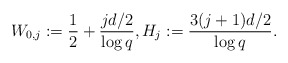
\begin{align*} W_{0,j} := \frac{1}{2}+\frac{jd/2}{\log q}, H_j := \frac{3(j+1)d/2}{\log q}.\end{align*}